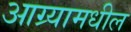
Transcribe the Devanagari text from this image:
आग्र्यामधील